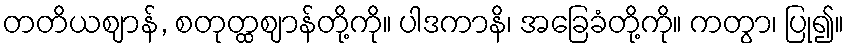
တတိယဈာန်, စတုတ္ထဈာန်တို့ကို။ ပါဒကာနိ၊ အခြေခံတို့ကို။ ကတွာ၊ ပြု၍။